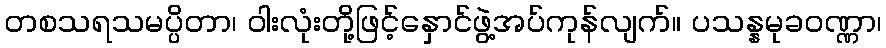
တစသရသမပ္ပိတာ၊ ဝါးလုံးတို့ဖြင့်နှောင်ဖွဲ့အပ်ကုန်လျက်။ ပသန္နမုခဝဏ္ဏာ၊